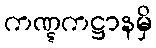
ကဏ္ဋကဋ္ဌာနမှိ